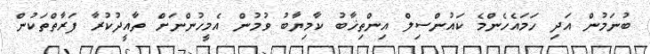
ބުނަމުން އަދި ހަމައެހެންމެ ކައުންސިލް އިންތިޚާބު ކާމިޔާބު ވުމުން އެމީހުންނަށް ތާއީދުކުރާ ފަރާތްތަކުން